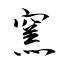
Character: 窯